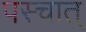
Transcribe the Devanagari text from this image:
पस्चात्